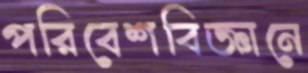
পরিবেশবিজ্ঞানে